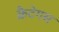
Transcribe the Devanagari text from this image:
क्रैटेगस